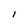
Character: l